Annual administration report of the Civil Veterinary Department of India - 1909-1910
Year: 1909
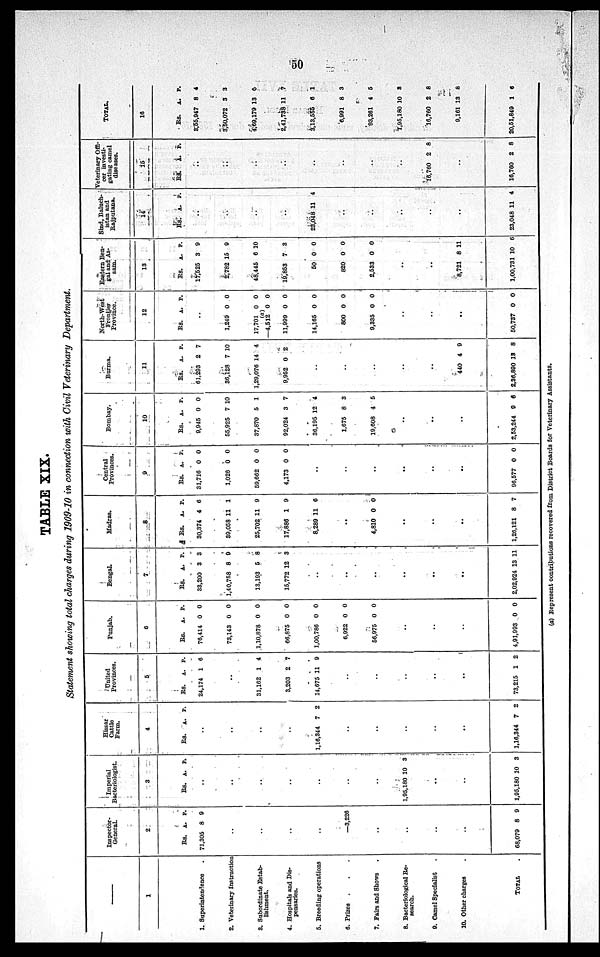
50
TABLE XIX.
Statement showing total charges during 1909-10 in connection with Civil Veterinary Department.
—
1
1. Superintendence .
2. Veterinary Instruction
3. Subordinate Estab-
lishment.
4. Hospitals and Dis-
pensaries.
5. Breeding operations
6. Prizes
. . .
7. Fairs and Shows .
8. Bacteriological Re-
search.
9. Camel Specialist .
10. Other charges .
TOTAL .
Inspector¬
General.
2
Rs.
71,305
..
..
..
..
A.
8
P.
9
—3,226
..
..
..
..
68,079 8 9
Imperial
Bacteriologist.
3
Rs.
..
..
..
..
..
..
..
1,95,180
..
..
1,95,180
A.
10
10
P.
3
3
Hissar
Cattle
Farm.
4
Rs.
..
..
..
..
1,16,344
..
..
..
..
..
1,16,344
A.
7
7
P.
2
2
United
Provinces.
5
Rs.
24,174
..
31,162
3,203
14,675
..
..
..
..
..
73,215
A.
1
1
2
11
1
P.
6
4
7
9
2
Punjab.
6
Rs.
76,414
73,143
1,10,878
66,875
1,00,786
6,922
56,975
..
..
..
4,91,993
A.
0
0
0
0
0
0
0
0
P.
0
0
0
0
0
0
0
0
Bengal.
7
Rs.
33,200
1,40,758
13,193
15,772
..
..
..
..
..
..
2,02,924
A.
3
8
5
12
13
P.
3
9
8
3
11
Madras.
8
Rs.
30,374
39,058
25,702
17,886
8,289
..
4,810
..
..
..
1,26,121
A.
4
11
11
1
11
0
8
P.
6
1
9
9
6
0
7
Central
Provinces.
9
Rs.
31,716
1,026
59,662
4,173
..
..
..
..
..
..
96,577
A.
0
0
0
0
0
P.
0
0
0
0
0
Bombay.
10
Rs.
9,945
55,925
37,870
92,024
36,195
1,675
19,608
..
..
..
2,53,244
A.
0
7
5
3
12
8
4
9
P.
0
10
1
7
4
3
5
6
Burma.
11
Rs.
61,293
36,128
1,29,076
9,952
..
..
..
..
..
440
2,36,890
A.
2
7
14
0
4
13
P.
7
10
4
2
9
8
North-West
Frontier
Province.
12
Rs.
..
1,249
17,701
(a)
—4,512
11,999
14,165
800
9,335
..
..
..
50,737
A.
0
0
0
0
0
0
0
0
P.
0
0
0
0
0
0
0
0
Eastern Ben-
gal and As¬
sam.
13
Rs.
17,525
2,782
48,445
19,853
50
820
2,533
..
..
8,721
1,00,731
A.
3
15
6
7
0
0
0
8
10
P.
9
9
10
3
0
0
0
11
6
Sind, Baluch-
istan and
Rajputana.
14
Rs.
..
..
..
..
23,048
..
..
..
..
..
23,048
A.
11
11
P.
4
4
Veterinary Offi-
cer investi-
gating camel
diseases.
15
Rs.
..
..
..
..
..
..
..
..
16,760
..
16,760
A.
2
2
P.
8
8
TOTAL.
16
Rs.
3,55,947
3,50,072
4,69,179
2,41,738
3,13,555
6,991
93,261
1,95,180
16,760
9,161
20,51,849
A.
8
3
13
11
6
8
4
10
2
13
1
P.
4
3
0
7
1
3
6
8
8
8
6
(a) Represent contributions recovered from District Boards for Veterinary Assistants.